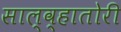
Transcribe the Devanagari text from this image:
साल्व्हातोरी